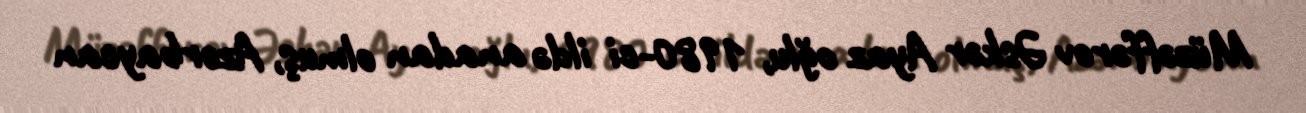
Müzəffərov Əskər Ayaz oğlu, 1980-ci ildə anadan olmuş, Azərbaycan